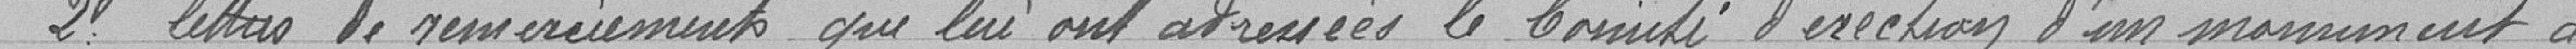
2 lettre de remerciements que lui ont adressés le Comité d'érection d'un monument à